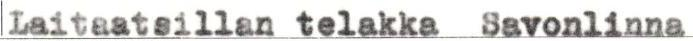
Laitaatsillan telakka Savonlinna